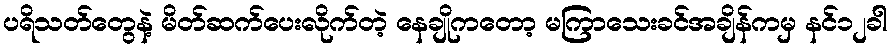
ပရိသတ်တွေနဲ့ မိတ်ဆက်ပေးလိုက်တဲ့ နေချိုကတော့ မကြာသေးခင်အချိန်ကမှ နင်၁၂ခါ